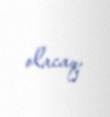
olacaq.